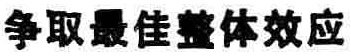
争取最佳整体效应